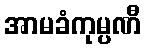
အာမခံကုမ္ပဏီ